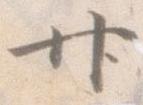
廿